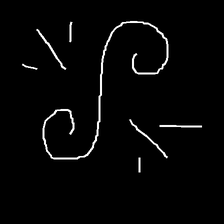
Glyph: wind-directs-air